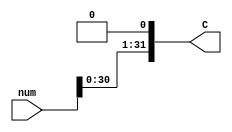
`timescale 1ns / 1ps

module shiftLeft(input [31:0]num ,output[31:0] C);
assign  C ={num[30:0],1'b0}; 
endmodule